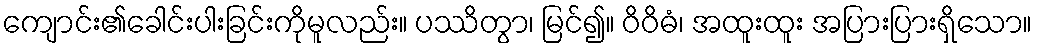
ကျောင်း၏ခေါင်းပါးခြင်းကိုမူလည်း။ ပဿိတွာ၊ မြင်၍။ ဝိဝိဓံ၊ အထူးထူး အပြားပြားရှိသော။